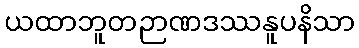
ယထာဘူတဉာဏဒဿနူပနိသာ